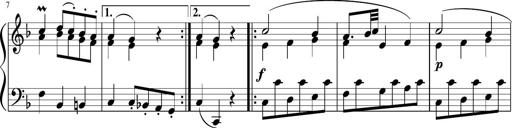
Title: 12 Keyboard Sonatinas
Composer: James Hook